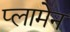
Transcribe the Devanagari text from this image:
प्लामेन